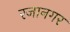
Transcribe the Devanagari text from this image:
रजानगर